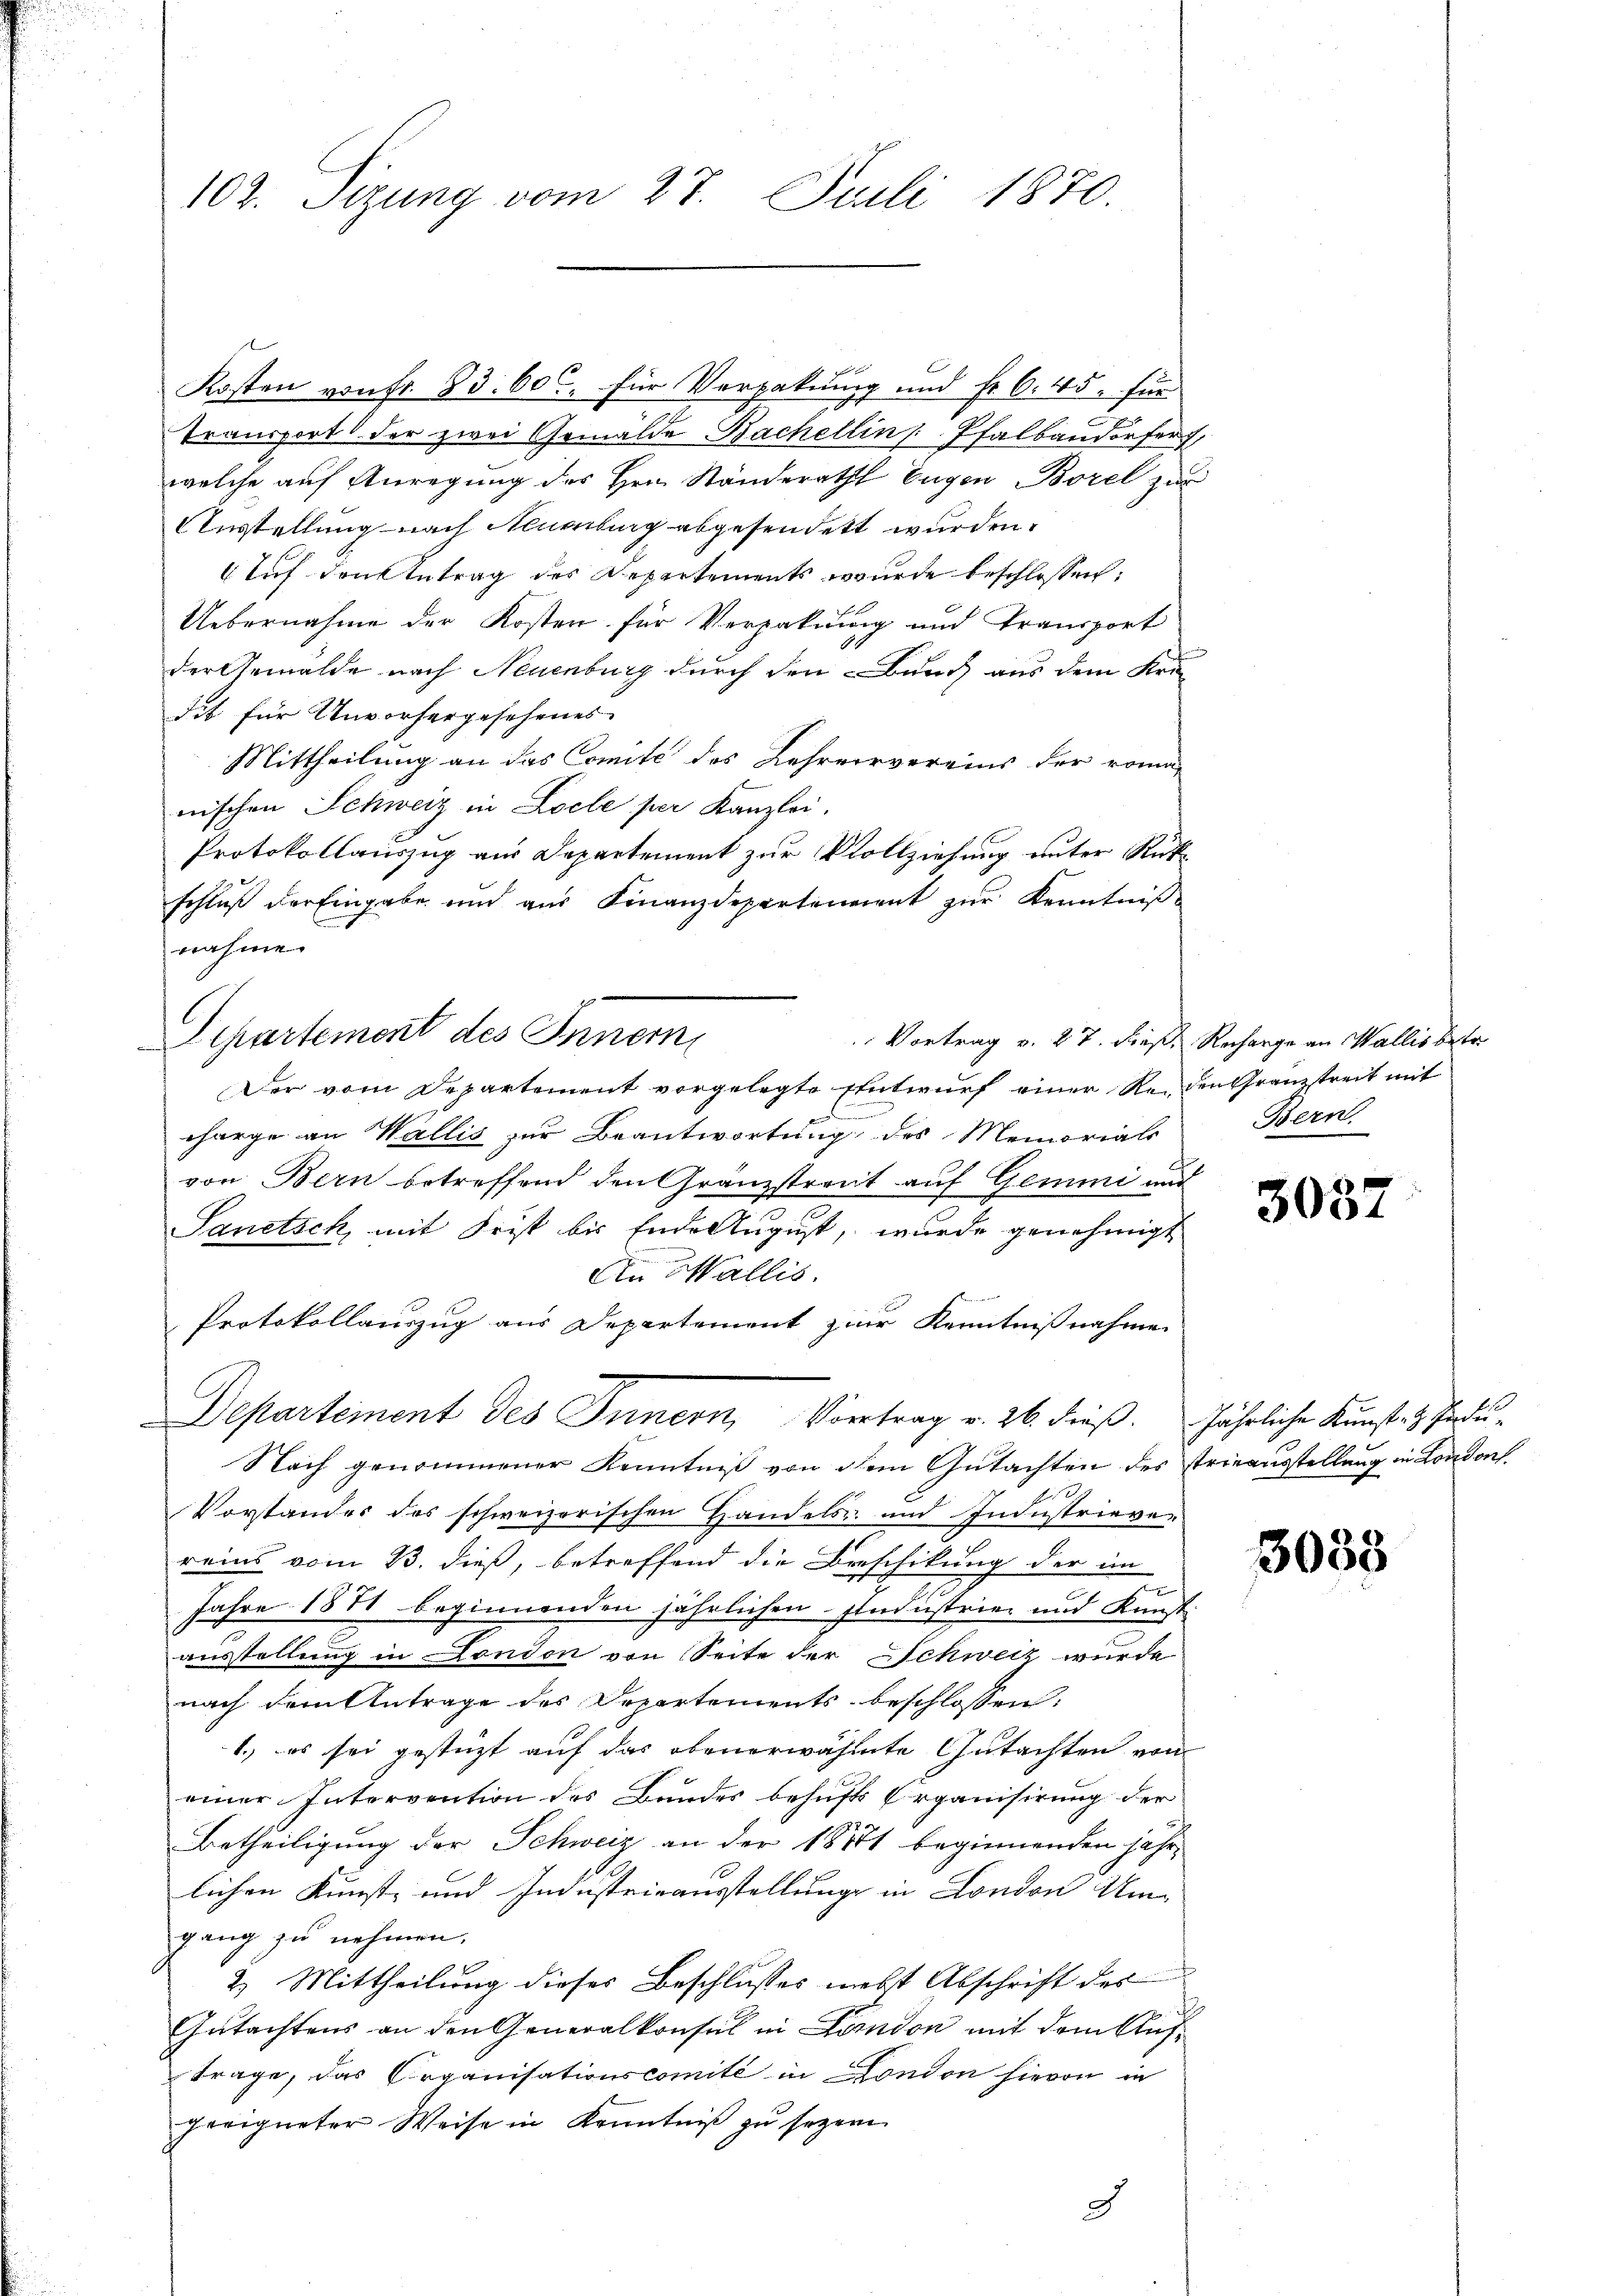
102. Sizung vom 27. Juli 1870.

Kosten von Fr. 83. 600. für Verpakuung und Fr. 6. 45. für
Transport der zwei Gemälde Bachellin   Pfalbandorfer,
welche auf Anregung des Herrn Ständeraths Eugen Borel zur
Ausstellung nach Neuenburg abgesendet wurden.
Auf denk betrag des Departements wurde beschlossen:
Uebernahme der Kosten für Verpakuung und Transport
der Gemälde nach Neuenburg durch den Bauch aus dem Uri
dit für Unvorhergesehenes
Mittheilung an das Comité des Lehrervereins der roma-
nischen Schweiz in Locle per Kanzlei.
Protokollauszug aus Departement zur Vollziehung unter Rükschluß der Eingabe und aus Finanzdepartenaient zur Kenntniß
nahme.
Separtement des Innem
Der vom Departement vorgelegte Entwurf einer Reiden Granzstreit mit
a
charge an Wallis zur Beantwortung des Memorials
von Bern betreffend den Gränzstreut auf Gemmi und
Sanitsch, mit Frist bis Ende August, wurde genehmigt
An Wallis.
Protokollauszug aus Departement zur Kenntnißnahmen
Departement des Innern, Vortrag v. 26. dieß. jährliche Kunst- & Produ¬
Nach genommener Kenntniß von dem Gutachten des Trieausstellung in London
Vorstandes des schweizerischen Handels- und Industriever
reins vom 13. dieß, betreffend die Beschikung der im
Jahre 1871 beginnenden jährlichen Industrie- und Kunst
austellung in London von Seite der Schweiz wurde
nach dem Antrage des Departements beschlossen:
1.) es sei gestüzt auf das obenerwähnte Gutachten von
einer Intervention des Bundes behufts Organisirung der
Betheiligung der Schweiz an der 1881 beginnenden jahr
lichen Kunst- und Industrieausstellung in London Um-
gang zu nehmen.
2.) Mittheilung dieses Beschlusses nebst Abschrift des
Gutachtens an den Generalkonsul in Landon mit dem Auf¬
Trage, das Organisationscomité in London hievon in
geeigneter Weise in Kenntniß zu sezen
d

Vortrag v. 27. dieß. Recharge an Wallis betr.
Bern.

t.

3057

3033